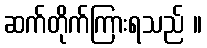
ဆက်တိုက်ကြားရသည် ။